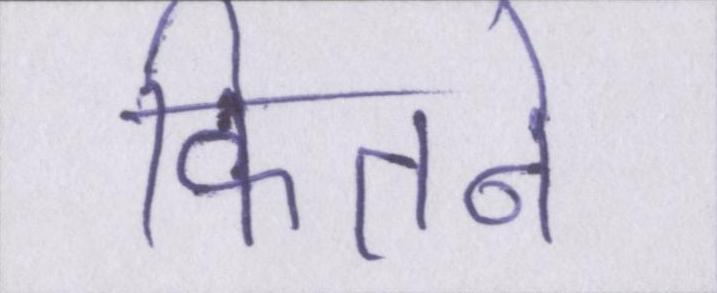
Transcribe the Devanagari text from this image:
कितने